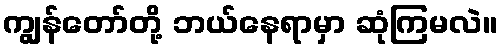
ကျွန်တော်တို့ ဘယ်နေရာမှာ ဆုံကြမလဲ။